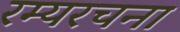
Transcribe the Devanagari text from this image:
रम्यरचना